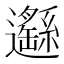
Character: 𨙂